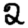
Digit: 2